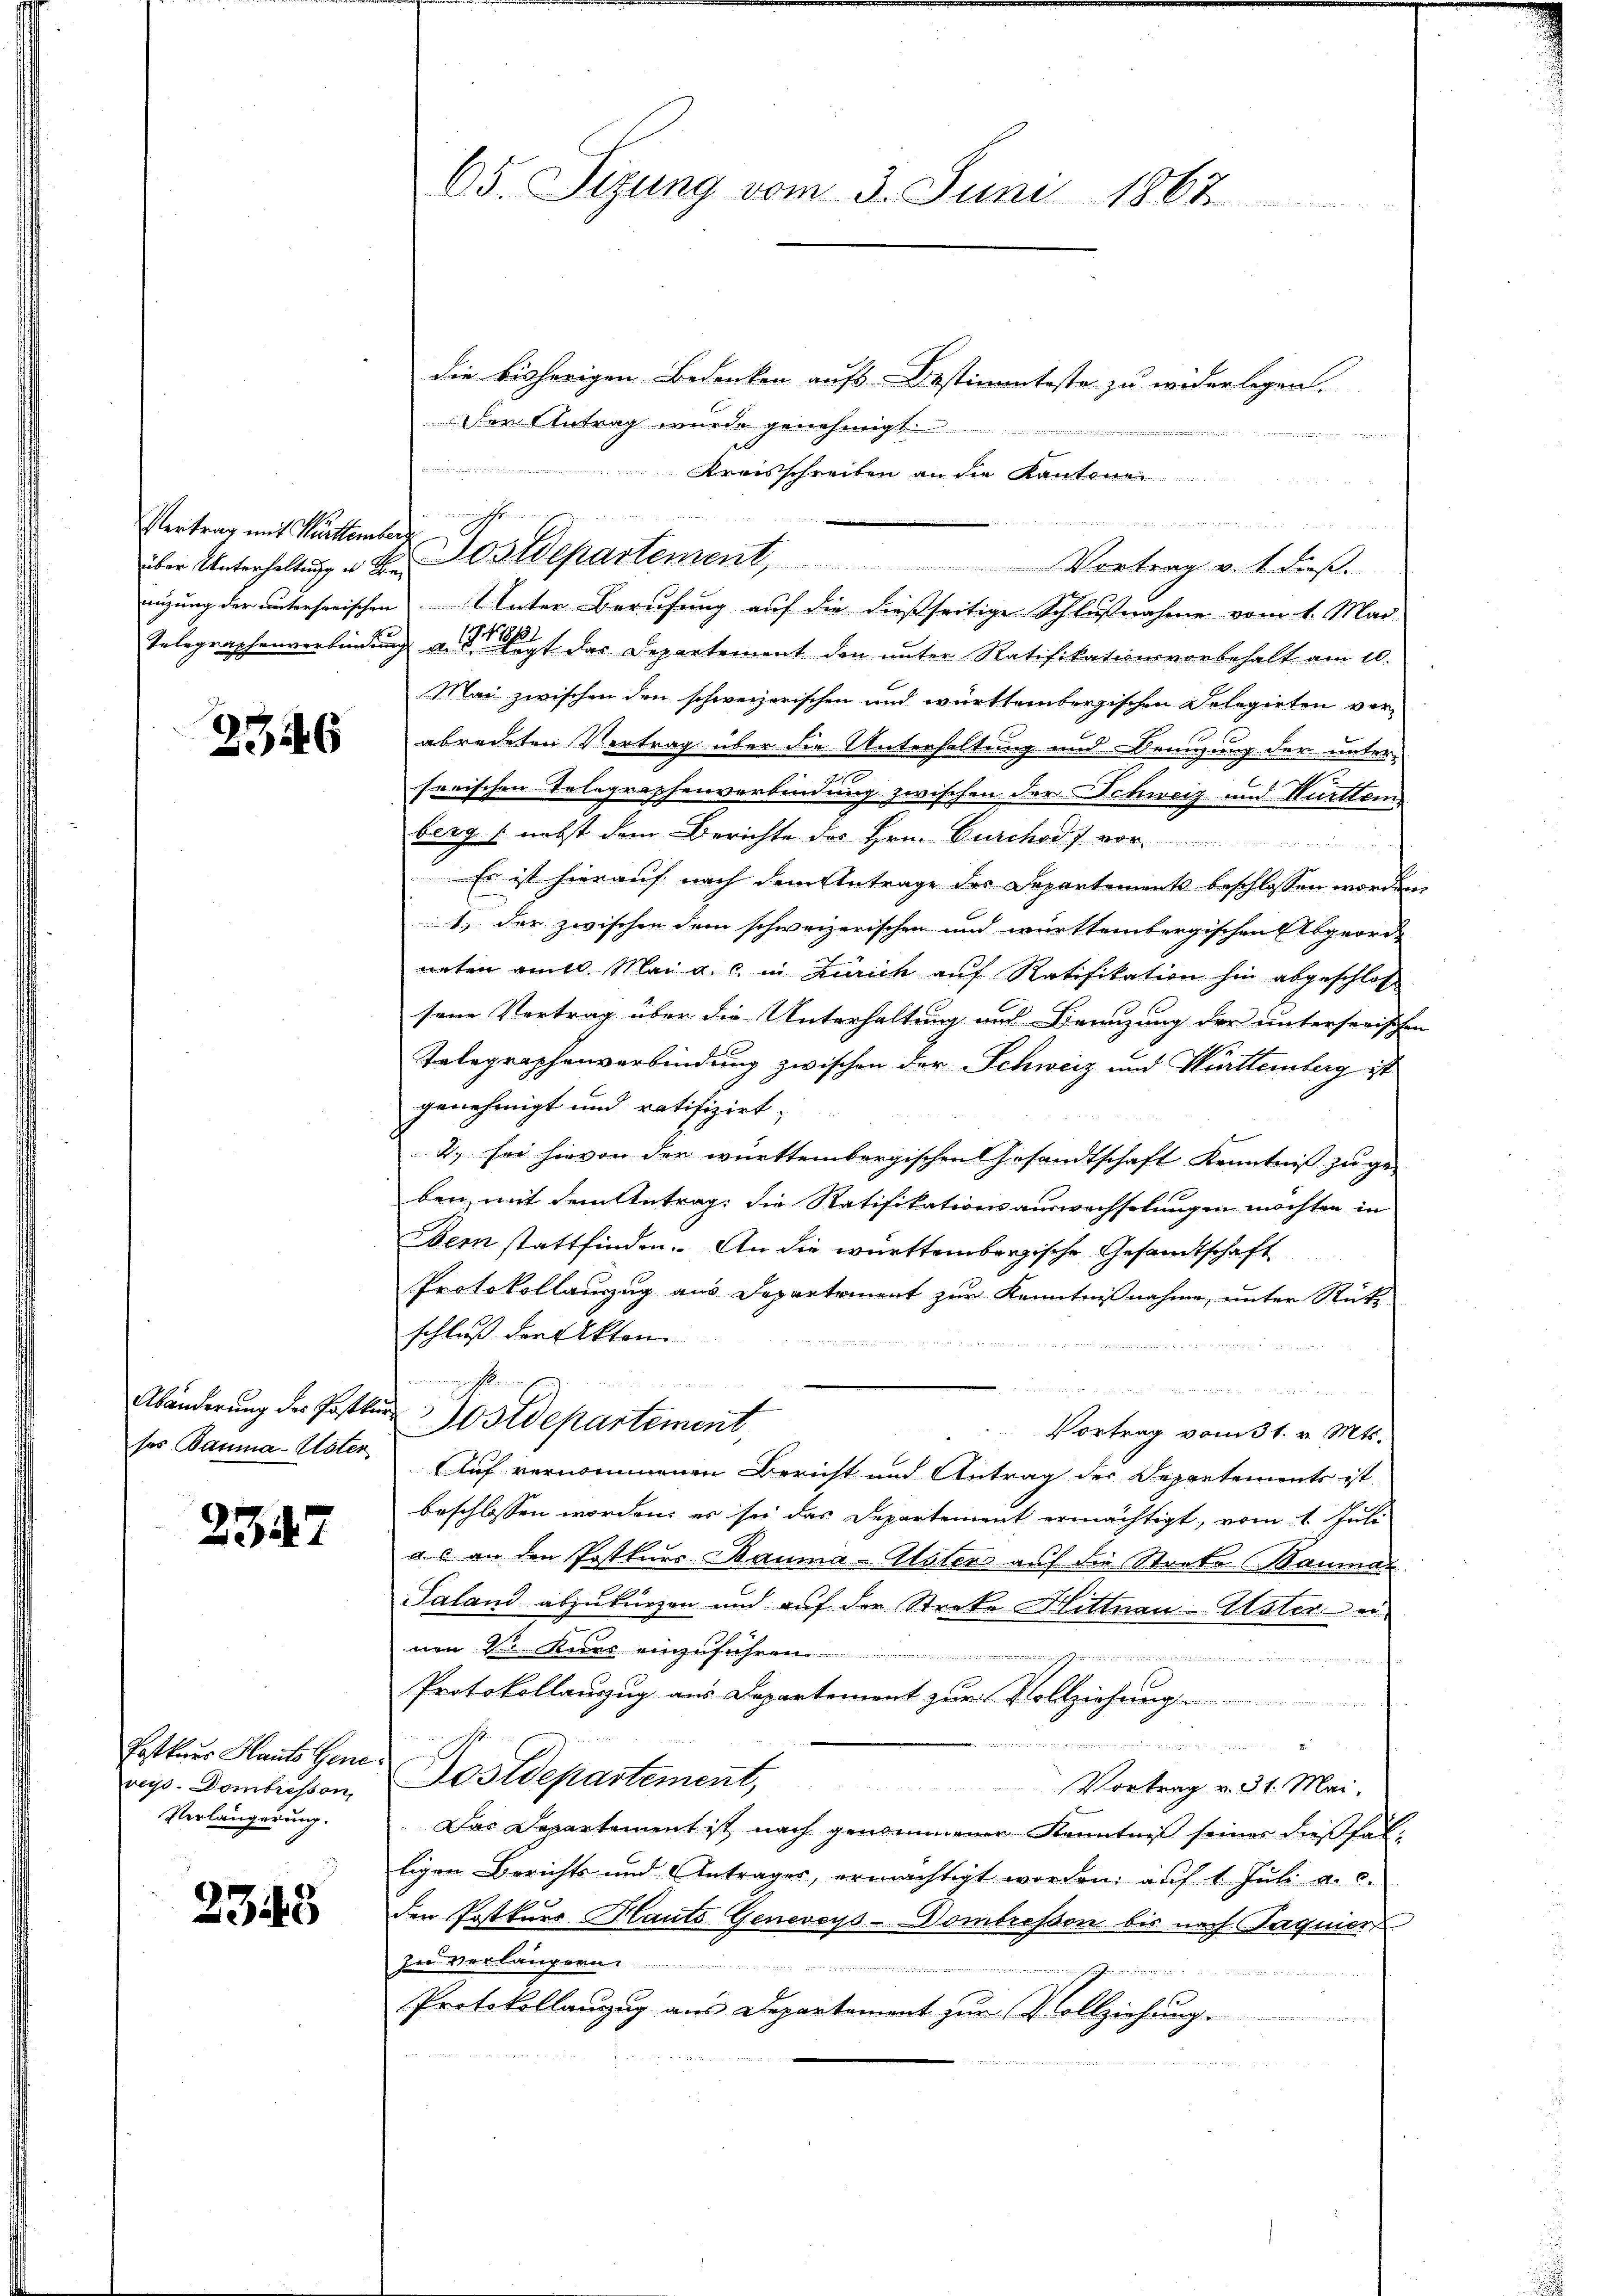
Vertrag mit Furttemberg

2346

2347

Pattner Hauts Geneveys. Dombrissen,
Verlängerung.

2343

die bisherigen Bedenken aufs-Destimmteste zu widerlegen.
Der Antrag wurde genehmigt.

 Kreisschreiben an die Kantonen
nizung der untersorischen Unter Berufung auf die dießseitige Schlußnahme vom 1. Mai
Telegraphenverbindung u. der Kopf das Departement den unter Ratifikationsvorbehalt am 10.
Mai zwischen den schweizerischen und württembergischen Delegirten ver-
abredeten Vertrag über die Unterhaltung und Neigung der unter-
serischen Telegraphenverbindung zwischen der Schweiz und Württem
berg (nebst dem Berichte des Hrn. Curchod 7. vor
Es ist hierauf nach dem Antrage des Departement beschlossen worden
1.) der zwischen dem schweizerischen und württembergischen Abgeord
naten amtl. Mai a. c. in Zürich auf Ratifikation hin abgeschloß
sene Vertrag über die Unterhaltung und Branzung der unterserischen
Telegraphenverbindung zwischen der Schweiz und Württemberg ist
genehmigt und ratifizirt.
4. sei hievon der württembergischen Gesandtschaft Kenntniß zu ge-
ben, mit dem Antrag: die Ratifikationsauswachselungen möchten in
Bern stattfinden. An die württembergische Gesandtschaft
Protokollanzug aus Departement zur Kenntnißnahme, unter Rückz
schluß der Akten.
  12 x

neffen
              den die Kindlich aus der
Abänderung der Posten ostdepartement,
27 Z X 2
Vortrag vom 31. v. Mts.
sos Bauma Uster. Auf vernommenen Bericht und Antrag der Departements ist
beschlossen worden, es sei das Departement ermächtigt, vom 1. Juli
a. c. an den Postkurs Bauma-Paters auf die Strebe Bauman
Saland abzukürzen und auf der Streke Hittnau-Uster ei
nen v. Kuns einzuführen
rminden Zimmer ein werden, die in dieser in wieder in einer in der
Protokollauszug aus Departement zur Vollziehung
deren den einen
Nostdepartement, Vortrag v. 31. Mai.
Das Departement ist nach genommener Kenntniß seiner dießfalligen Berichts und Antrages, ermächtigt worden, auf 1 Juli a. c.
den Postkurs Hauts Geneveys-Dombressen bis nach Tagnier
In Verlanger
 a

Protokollanzug aus Departement zur Vollziehung.

65. Sizung vom 3. Juni 1867

Ihr
über Unterhaltŭng u. Postdepartement, Vortrag v. 1. dieβ.

n e